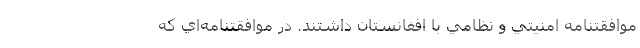
موافقتنامه امنيتي و نظامي با افغانستان داشتند. در موافقتنامه‌اي كه